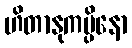
ဟိတာနုကမ္ပိနော